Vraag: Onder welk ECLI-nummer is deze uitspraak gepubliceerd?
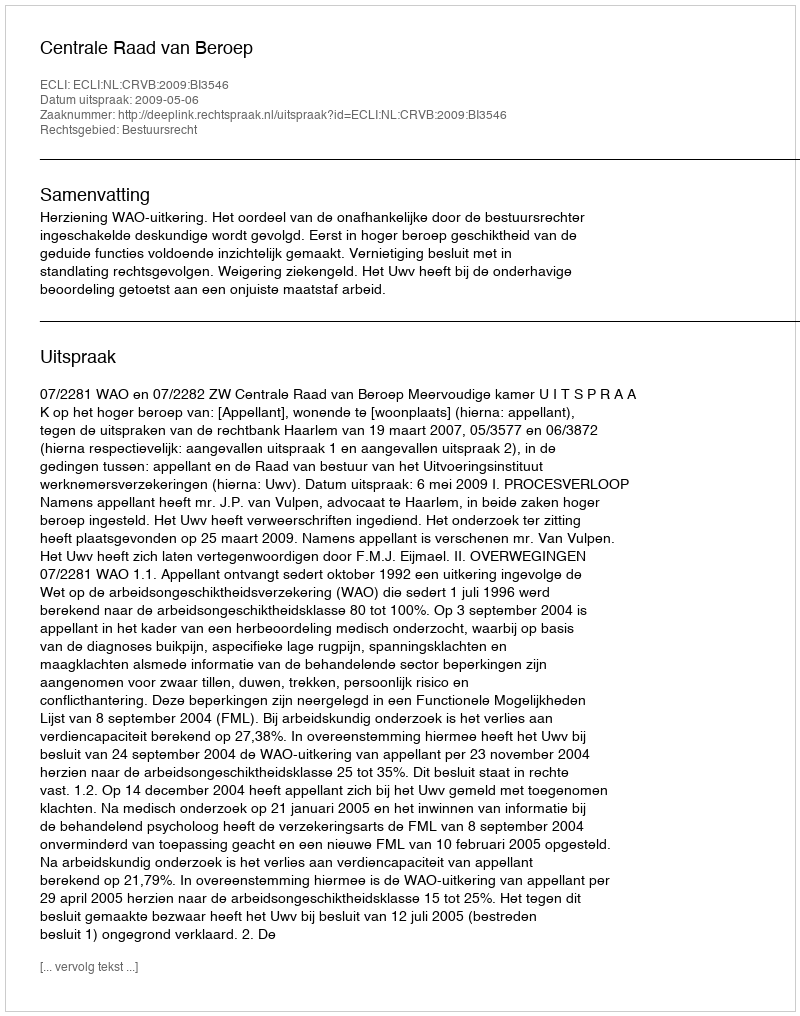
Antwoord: ECLI:NL:CRVB:2009:BI3546